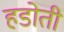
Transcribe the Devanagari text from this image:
हडोती